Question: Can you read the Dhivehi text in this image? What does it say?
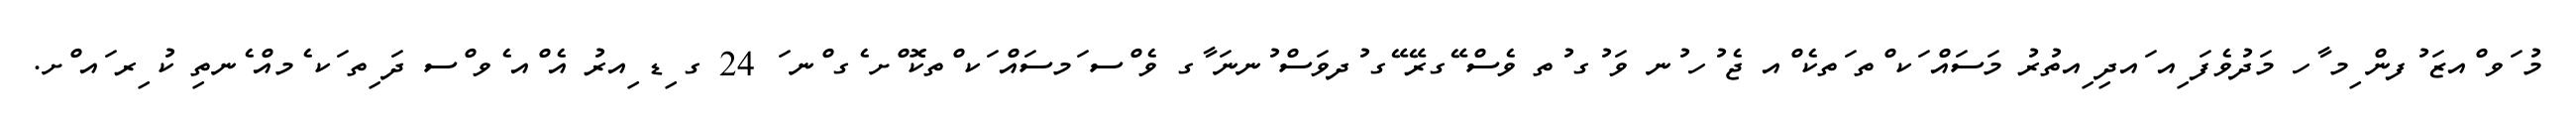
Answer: މު ަވ ްއޒަ ުފން ިމ ާހ މަދުވެފަ ިއ ައދި ިއތުރު މަސައް ަކ ްތ ަތކެ ްއ ޖެ ުހ ުނ ވަ ުގ ުތ ވެސް ޭގރޭ ޭގ ުދވަސް ުނނަ ާގ ވެ ްސ ަމސައް ަކ ްތކޮ ްށ ެގ ްނ ަ 24 ގ ިޑ ިއރު އެ ްއ ެވ ްސ ދަ ިތ ަކ ެމއް ެނތި ކު ިރ ައ ްށ.